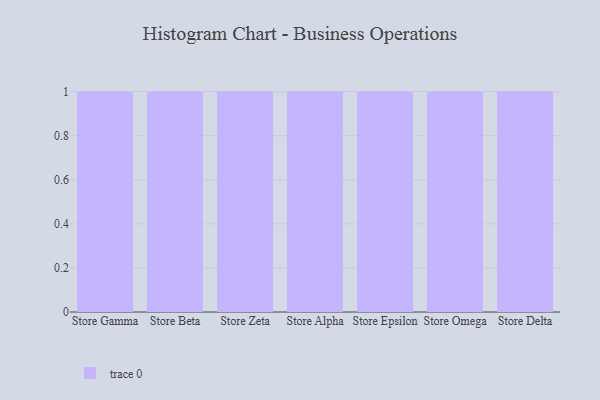
{"axis": {"x": "Store", "y": "LTV (USD)"}, "legend": [""], "data": [{"x": "Store Gamma", "y": 47, "type": ""}, {"x": "Store Beta", "y": 34, "type": ""}, {"x": "Store Zeta", "y": 38, "type": ""}, {"x": "Store Alpha", "y": 41, "type": ""}, {"x": "Store Epsilon", "y": 41, "type": ""}, {"x": "Store Omega", "y": 7, "type": ""}, {"x": "Store Delta", "y": 40, "type": ""}]}